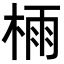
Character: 𣔯